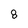
Character: 8